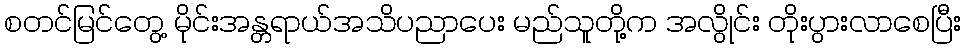
စတင်မြင်တွေ့ မိုင်းအန္တရာယ်အသိပညာပေး မည်သူတို့က အလွိုင်း တိုးပွားလာစေပြီး